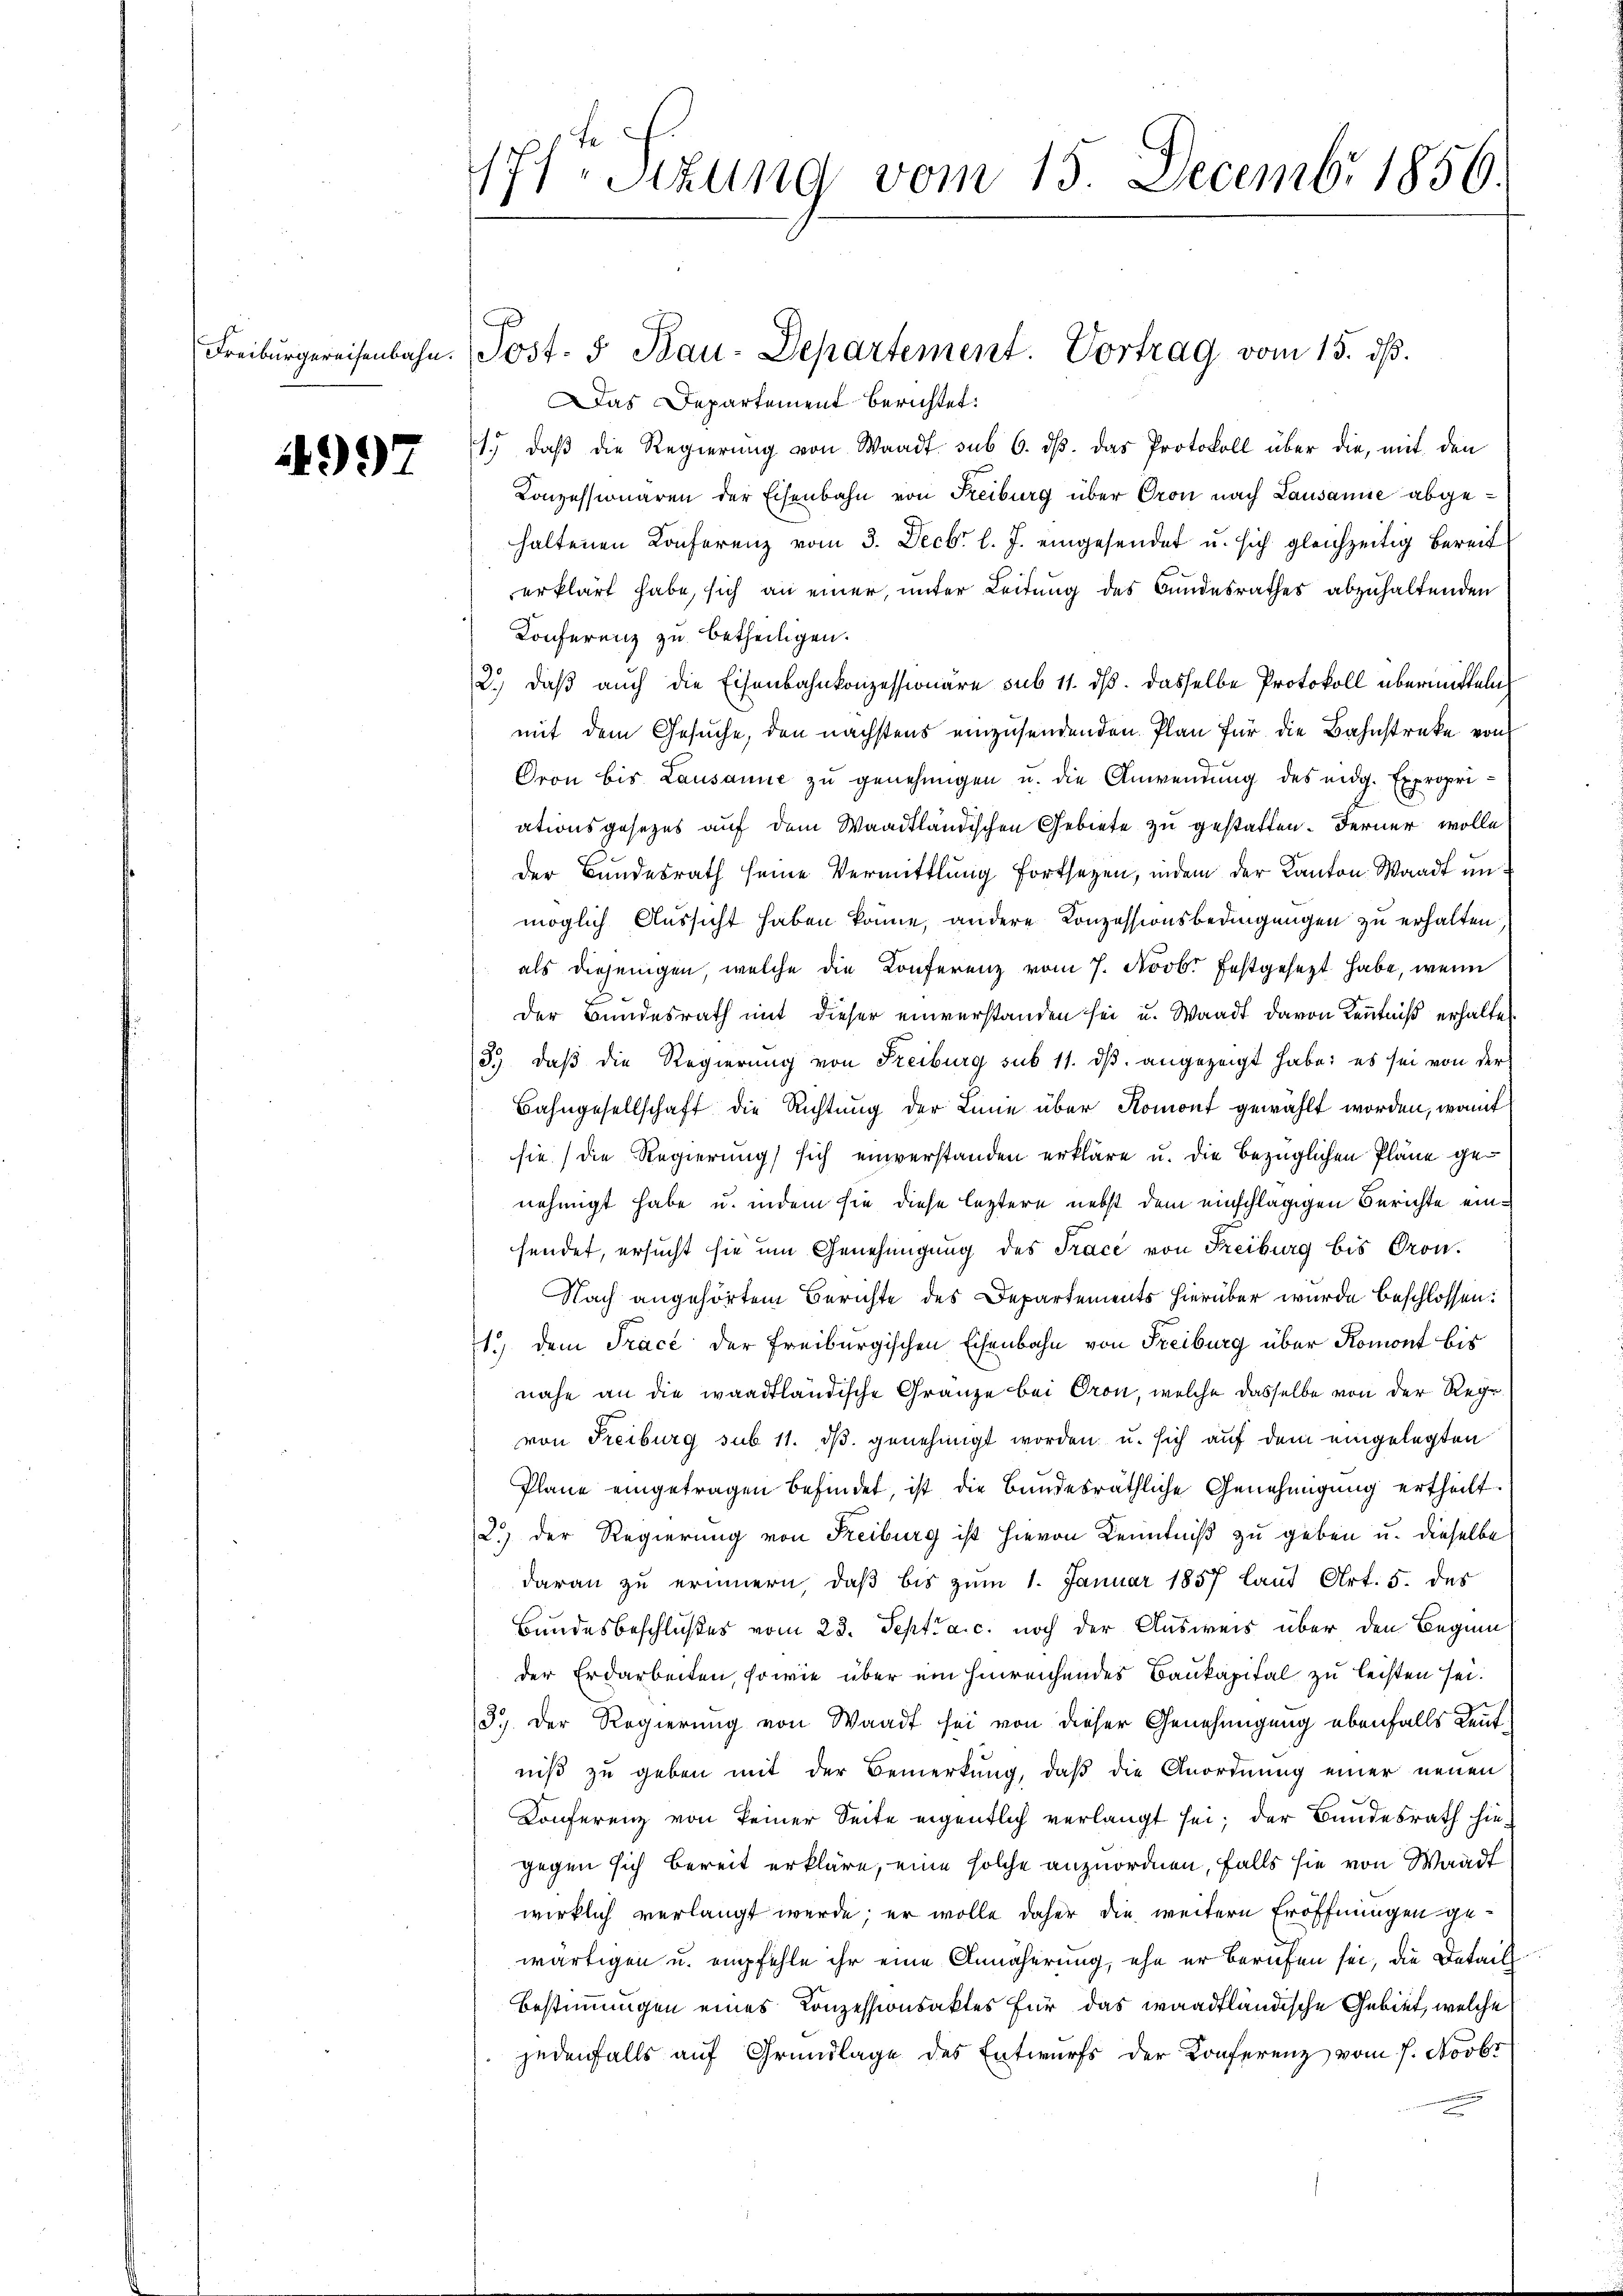
Freiburgereisenbahn.

4997

17 Stzung vom 15. Decembr 1856.

Das Departement berichtet:
1.) daß die Regierung von Waadt sub 6. ds. das Protokoll über die, mit den
Konzessionären der Eisenbahn von Freiburg über Oron nach Lausanie abgehaltenen Conferenz vom 3. Decbr. l. J. eingesendet u. sich gleichzeitig bereit
erklärt habe, sich an einer, unter Leitung des Bundesrathes abzuhaltenden
Konferenz zu betheiligen.
2.) Daß auch die Eisenbahnkonzessionäre sub 11. ds. dasselbe Protokoll übermitteln
mit dem Gesuche, den nächstens einzusendenden Plan für die Bahnstreke von
Gron bis Lausanne zu genehmigen u. die Anwendung des eidg. Expropriationsgesezes auf dem Waadtländischen Gebiete zu gestatten. Ferner wolle
der Bundesrath seine Vermittlung fortsetzen, indem der Kanton Waadt unmöglich Aussicht haben könne, andere Konzessionsbedingungen zu erhalten.
als diejenigen, welche die Conferenz vom 7. Novb. festgesezt habe, wenn
Der Bundesrath mit dieser einverstanden sei u. Waadt davon Kenntniß erhalte
3.) Daß die Regierung von Freiburg sub 11. dβ angezeigt habe; es sei von der
Bahngesellschaft die Richtung der Linie über Romont gewählt worden, womit
sie (die Regierung sich einverstanden erkläre u. die bezüglichen Pläne genehmigt habe u. indem sie diese leztere nebst dem einschlägigen Berichte einhendet, ersucht sie um Genehmigŭng des Trace von Freiburg bis Pron.
Nach angehörtem Berichte des Departements hierüber wurde beschlossen:
1.) dem Trace der Freiburgischen Eisenbahn von Freiburg über Romont bis
nahe an die waadtländische Gränze bei Oron, welche dasselbe von der Regvon Freiburg sub 11. dβ. genehmigt worden u. sich auf dem eingelegten
Plane eingetragen befindet, ist die Bundesräthliche Genehmigung ertheilt.
2.) Der Regierung von Freiburg ist hievon Kenntniß zu geben u. dieselbe
daran zu erinnern, daß bis zum 1. Januar 1857 laut Art. 5. des
Bundesbeschlußes vom 23. Sept. a. c. noch der Ausweis über den Beginn
der Erdarbeiten, sowie über ein hinreichendes Baukapital zu leisten sei.
3.) Der Regierung von Waadt sei von dieser Genehmigung ebenfalls Leut
niß zu geben mit der Bemerkung, daß die Anordnung einer neuen
Conferenz von keiner Seite eigentlich verlangt sei; der Bundesrath hiegegen sich bereit erkläre, eine solche anzuordnen, falls sie von Waadt
wirklich verlangt werde; er wolle daher die weitere Eröffnungen gewärtigen u. empfehle ihr eine Annäherung, ehe er berufen sei, die Detail
Bestimmungen eines Konzessionsaktes für das waadtländische Gebiet, welche
jedenfalls auf Grundlage des Entwurfs der Konferenz vom 7. Novbr.

Post. I Bau-Departement. Vortrag vom 15. ds.